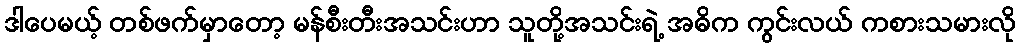
ဒါပေမယ့် တစ်ဖက်မှာတော့ မန်စီးတီးအသင်းဟာ သူတို့အသင်းရဲ့ အဓိက ကွင်းလယ် ကစားသမားလို